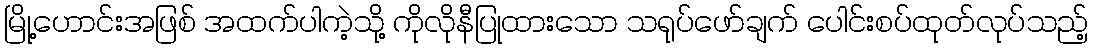
မြို့ဟောင်းအဖြစ် အထက်ပါကဲ့သို့ ကိုလိုနီပြုထားသော သရုပ်ဖော်ချက် ပေါင်းစပ်ထုတ်လုပ်သည့်